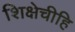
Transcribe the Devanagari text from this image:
शिक्षेचीहि